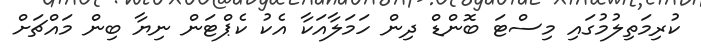
ކުރިމަތިލުމުގައި މިސްޓަ ބޮންޑް ދިން ހަމަލާއަކާ އެކު ކެޕްޓަން ނިޔާ ބިން މައްޗަށް